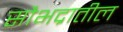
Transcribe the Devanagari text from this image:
सौभद्रातील